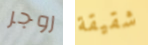
روجر شقيقة